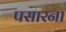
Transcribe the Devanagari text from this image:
पसारना